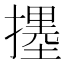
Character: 𱠳